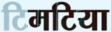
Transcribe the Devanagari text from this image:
टिमटिया